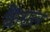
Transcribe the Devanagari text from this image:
कैंसल